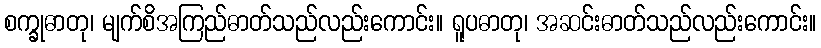
စက္ခုဓာတု၊ မျက်စိအကြည်ဓာတ်သည်လည်းကောင်း။ ရူပဓာတု၊ အဆင်းဓာတ်သည်လည်းကောင်း။